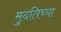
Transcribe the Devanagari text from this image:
मुदतिच्या